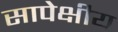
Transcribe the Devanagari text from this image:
सापेक्षीय